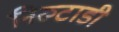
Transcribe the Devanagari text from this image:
निरुटाडी